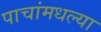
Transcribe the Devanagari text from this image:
पाचांमधल्या